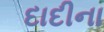
દાદીના